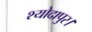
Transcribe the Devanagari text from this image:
श्योदापुर।